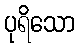
ပုရိသော